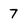
Character: 7